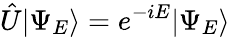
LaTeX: \hat{U}|\Psi_{E}\rangle=e^{-iE}|\Psi_{E}\rangle